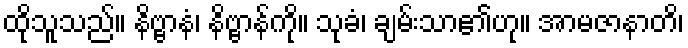
ထိုသူသည်။ နိဗ္ဗာနံ၊ နိဗ္ဗာန်ကို။ သုခံ၊ ချမ်းသာ၏ဟု။ အာမဇာနာတိ၊